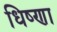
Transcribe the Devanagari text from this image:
धिष्णा